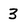
Character: 3